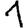
Digit: 1